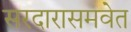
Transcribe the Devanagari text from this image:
सरदारासमवेत